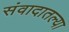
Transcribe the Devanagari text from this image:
संवादातल्या